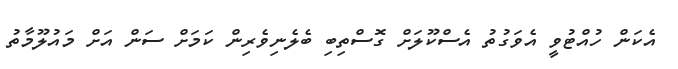
އެކަން ހުއްޓުވީ އެވަގުތު އެސްކޫލަށް ގޮސްތިބި ބެލެނިވެރިން ކަމަށް ސަން އަށް މައުލޫމާތު